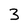
Character: 3